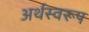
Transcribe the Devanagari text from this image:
अर्थस्वरूप